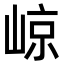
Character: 𡹡